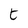
Character: t